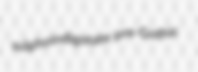
sulphoindigotate pre-Gothic